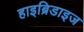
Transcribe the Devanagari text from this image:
हाइब्रिडाइज